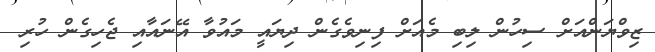
ޒިވްޔަންއަށް ސިހުން ލިބި މެއަށް ފިނިވެގެން ދިޔައީ މައުވާ އޭނައާއި ޖެހިގެން ހުރި